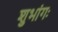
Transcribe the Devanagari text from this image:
शुभांगः